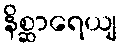
နိစ္ဆာရေယျ